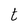
Character: t